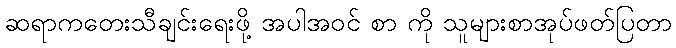
ဆရာကတေးသီချင်းရေးဖို့ အပါအဝင် စာ ကို သူများစာအုပ်ဖတ်ပြတာ